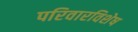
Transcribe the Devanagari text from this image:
परिवारविशेष